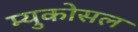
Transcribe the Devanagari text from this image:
म्युकोसल